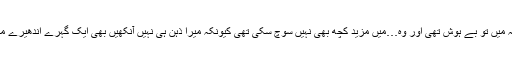
اسی تصور سے کہ میں تو بے ہوش تھی اور وہ…میں مزید کچھ بھی نہیں سوچ سکی تھی کیونکہ میرا ذہن ہی نہیں آنکھیں بھی ایک گہرے اندھیرے میں ڈوب گئی تھیں۔